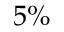
5 \%